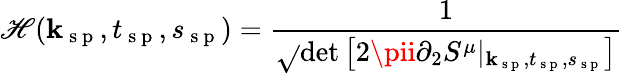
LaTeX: \mathscr{H}(\textbf{{k}}_{\mathrm{{~s~p~}}},t_{\mathrm{{~s~p~}}},s_{\mathrm{{~s~p~}}})=\frac{{1}}{{\sqrt{}{{\operatorname*{det}\left[2\pii\partial_{2}S^{\mu}|_{\textbf{{k}}_{\mathrm{{~s~p~}}},t_{\mathrm{{~s~p~}}},s_{\mathrm{{~s~p~}}}}\right]}}}}